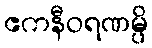
ဧကနီဝရဏမ္ပိ